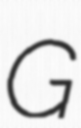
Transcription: G